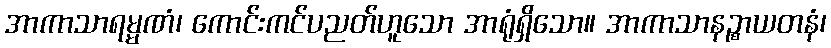
အာကာသာရမ္မဏံ၊ ကောင်းကင်ပညတ်ဟူသော အာရုံရှိသော။ အာကာသာနဉ္စာယတနံ၊